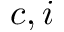
c , i